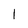
Character: l